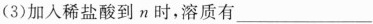
(3)加入稀盐酸到n时，溶质有___